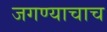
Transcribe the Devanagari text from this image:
जगण्याचाच